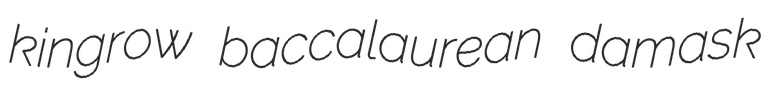
kingrow baccalaurean damask